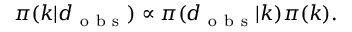
\pi ( \boldsymbol { k } | \boldsymbol { d } _ { \mathrm { ~ o ~ b ~ s ~ } } ) \propto \pi ( \boldsymbol { d } _ { \mathrm { ~ o ~ b ~ s ~ } } | \boldsymbol { k } ) \pi ( \boldsymbol { k } ) .